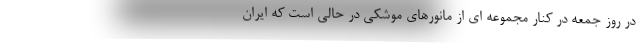
در روز جمعه در کنار مجموعه ای از مانورهای موشکی در حالی است که ایران